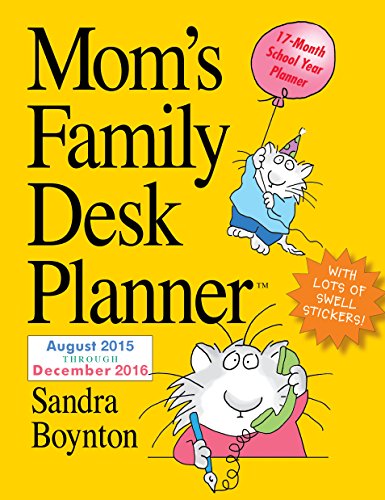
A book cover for Mom's Family Desk Planner 2016; Sandra Boynton; Parenting & Relationships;